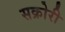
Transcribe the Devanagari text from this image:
सक्रोरी